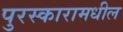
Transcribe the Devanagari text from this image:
पुरस्कारामधील